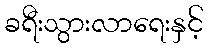
ခရီးသွားလာရေးနှင့်